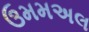
ઉમમઅલ